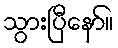
သွားပြီနော်။